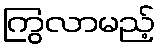
ကြွလာမည့်